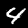
Digit: 4